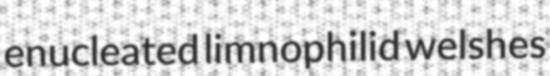
enucleated limnophilid welshes